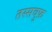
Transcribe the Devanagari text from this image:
तस्सवुफ़